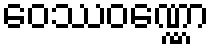
ဝေဿဝဏ္ဏော